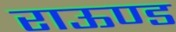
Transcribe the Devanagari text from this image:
राऊण्ड